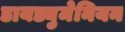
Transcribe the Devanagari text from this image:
डायड्युमेनियन